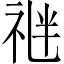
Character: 𥙪